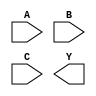
module sky130_fd_sc_hs__nor3 (
    //# {{data|Data Signals}}
    input  A,
    input  B,
    input  C,
    output Y
);

    // Voltage supply signals
    supply1 VPWR;
    supply0 VGND;

endmodule